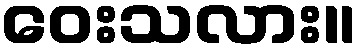
ဝေးသလား။